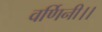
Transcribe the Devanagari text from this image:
वर्णिनी।।